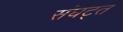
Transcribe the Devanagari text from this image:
संघट्त